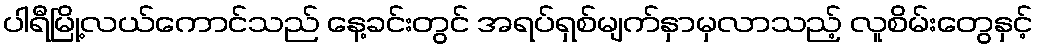
ပါရီမြို့လယ်ကောင်သည် နေ့ခင်းတွင် အရပ်ရှစ်မျက်နှာမှလာသည့် လူစိမ်းတွေနှင့်